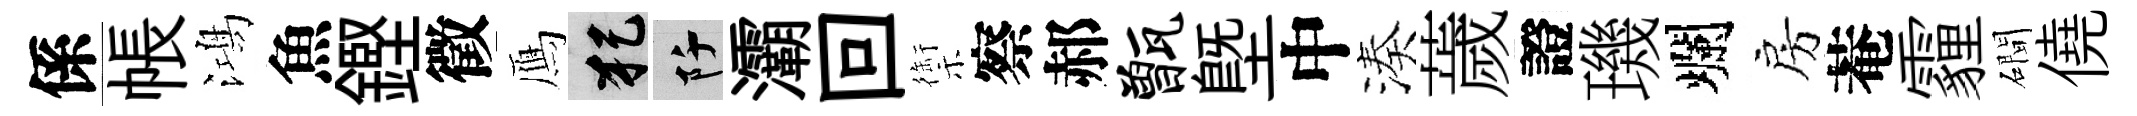
係帳鴻魚鏗徵鴈犯阡灞回禦察郝甑塈中湊薉證璣爛房菴霾磵僥